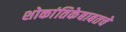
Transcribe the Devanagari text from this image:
शोकांतिकेबाबतचे